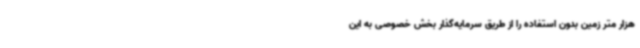
هزار متر زمین بدون استفاده را از طریق سرمایه‌گذار بخش خصوصی به این